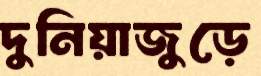
দুনিয়াজুড়ে